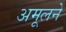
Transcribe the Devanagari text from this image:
अमूलने